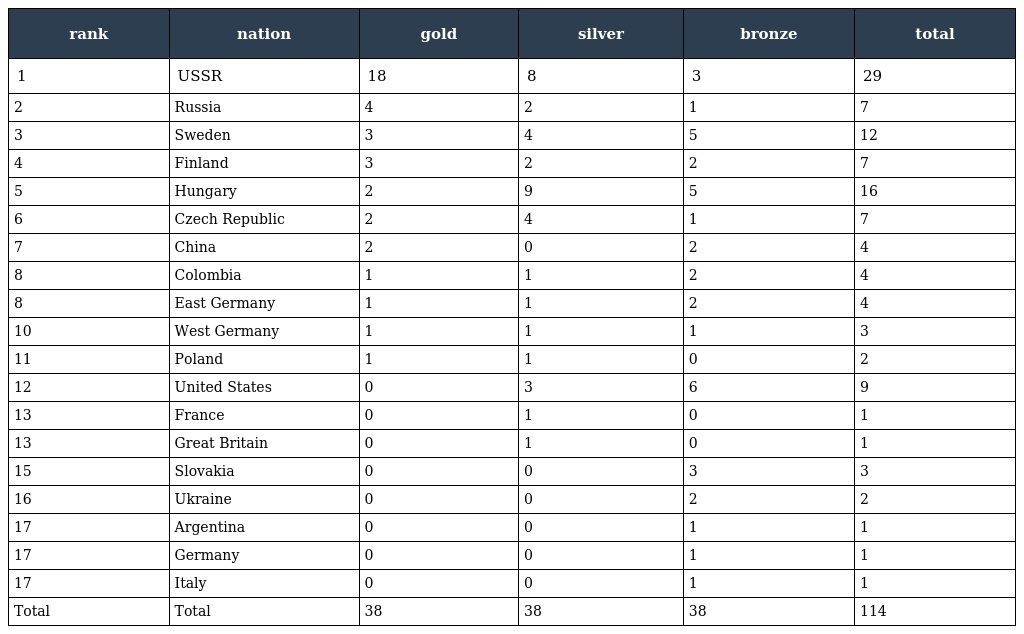
| rank | nation | gold | silver | bronze | total |
 | --- | --- | --- | --- | --- | --- |
 | 1 | USSR | 18 | 8 | 3 | 29 |
 | 2 | Russia | 4 | 2 | 1 | 7 |
 | 3 | Sweden | 3 | 4 | 5 | 12 |
 | 4 | Finland | 3 | 2 | 2 | 7 |
 | 5 | Hungary | 2 | 9 | 5 | 16 |
 | 6 | Czech Republic | 2 | 4 | 1 | 7 |
 | 7 | China | 2 | 0 | 2 | 4 |
 | 8 | Colombia | 1 | 1 | 2 | 4 |
 | 8 | East Germany | 1 | 1 | 2 | 4 |
 | 10 | West Germany | 1 | 1 | 1 | 3 |
 | 11 | Poland | 1 | 1 | 0 | 2 |
 | 12 | United States | 0 | 3 | 6 | 9 |
 | 13 | France | 0 | 1 | 0 | 1 |
 | 13 | Great Britain | 0 | 1 | 0 | 1 |
 | 15 | Slovakia | 0 | 0 | 3 | 3 |
 | 16 | Ukraine | 0 | 0 | 2 | 2 |
 | 17 | Argentina | 0 | 0 | 1 | 1 |
 | 17 | Germany | 0 | 0 | 1 | 1 |
 | 17 | Italy | 0 | 0 | 1 | 1 |
 | Total | Total | 38 | 38 | 38 | 114 |